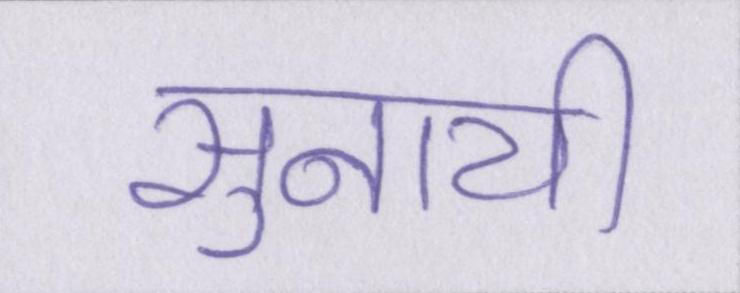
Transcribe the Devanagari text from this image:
सुनायी